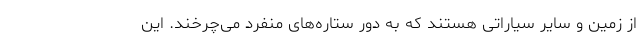
از زمین و سایر سیاراتی هستند که به دور ستاره‌های منفرد می‌چرخند. این